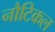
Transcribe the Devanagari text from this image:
नौटिकल